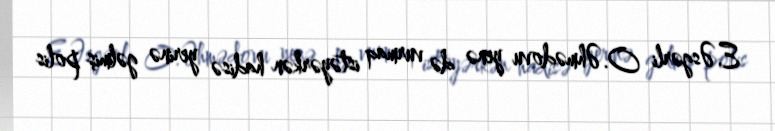
E.Əsgərli O.Əhmədovu yenə də vurmaq istəyərkən hadisə yerinə gəlmiş polis